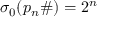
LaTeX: \sigma _ { 0 } ( p _ { n } \# ) = 2 ^ { n }